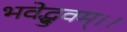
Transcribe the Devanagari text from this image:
भवेद्ध्रुवम्।।